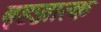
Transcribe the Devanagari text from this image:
बृहज्जात्क